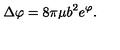
\Delta \varphi = 8 \pi \mu b ^ { 2 } e ^ { \varphi } .